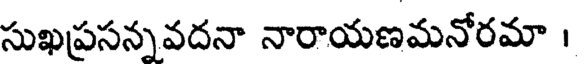
సుఖప్రసన్నవదనా నారాయణమనోరమా ।